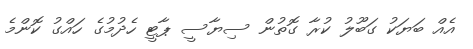
އެއް ބަޔަކު ގަބޫލު ކުރާ ގޮތުން ސިޔާސީ ޕާޓީ ހެދުމުގެ ހައްގު ކޮންމެ